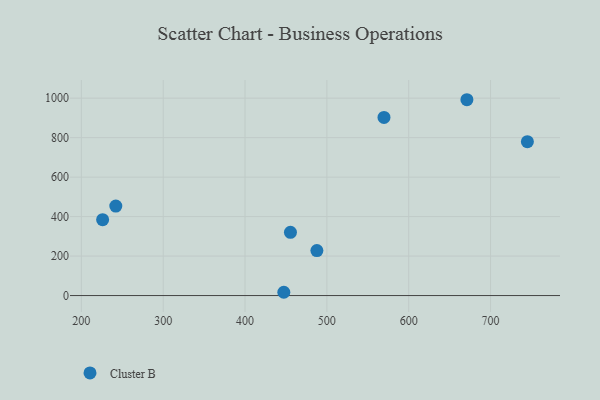
{"axis": {"x": "Investment", "y": "Rating"}, "legend": ["Cluster B"], "data": [{"x": "455.5", "y": 320.4, "type": "Cluster B"}, {"x": "671.1", "y": 992.0, "type": "Cluster B"}, {"x": "226.0", "y": 384.2, "type": "Cluster B"}, {"x": "569.8", "y": 902.4, "type": "Cluster B"}, {"x": "487.8", "y": 227.8, "type": "Cluster B"}, {"x": "447.4", "y": 16.6, "type": "Cluster B"}, {"x": "745.0", "y": 779.5, "type": "Cluster B"}, {"x": "242.1", "y": 453.4, "type": "Cluster B"}]}